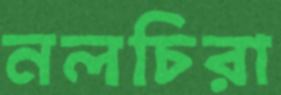
নলচিরা